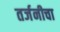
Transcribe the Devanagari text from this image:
तर्जनीचा